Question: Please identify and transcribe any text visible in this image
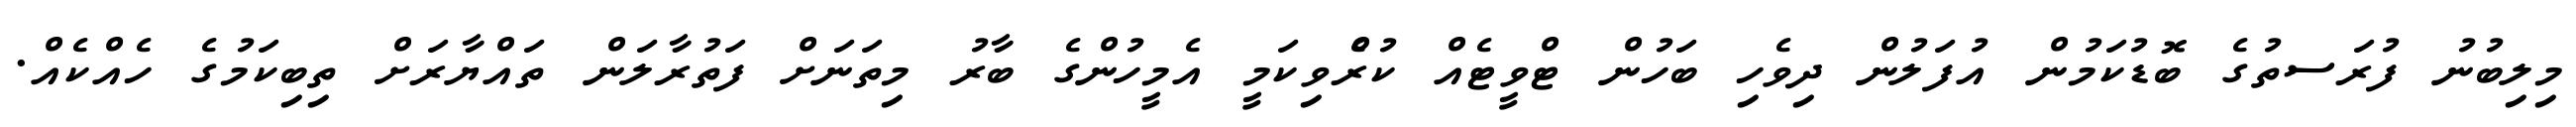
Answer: މިލިބުނު ފުރަސތުގެ ބޮޑުކަމުން އުފަލުން ދިވެހި ބަހުން ޓްވީޓެއް ކުރެްވިކަމީ އެމީހުންގެ ބާރު މިތަނަށް ފަތުރާލަން ތައްޔާރަށް ތިބިކަމުގެ ހެއްކެއް.